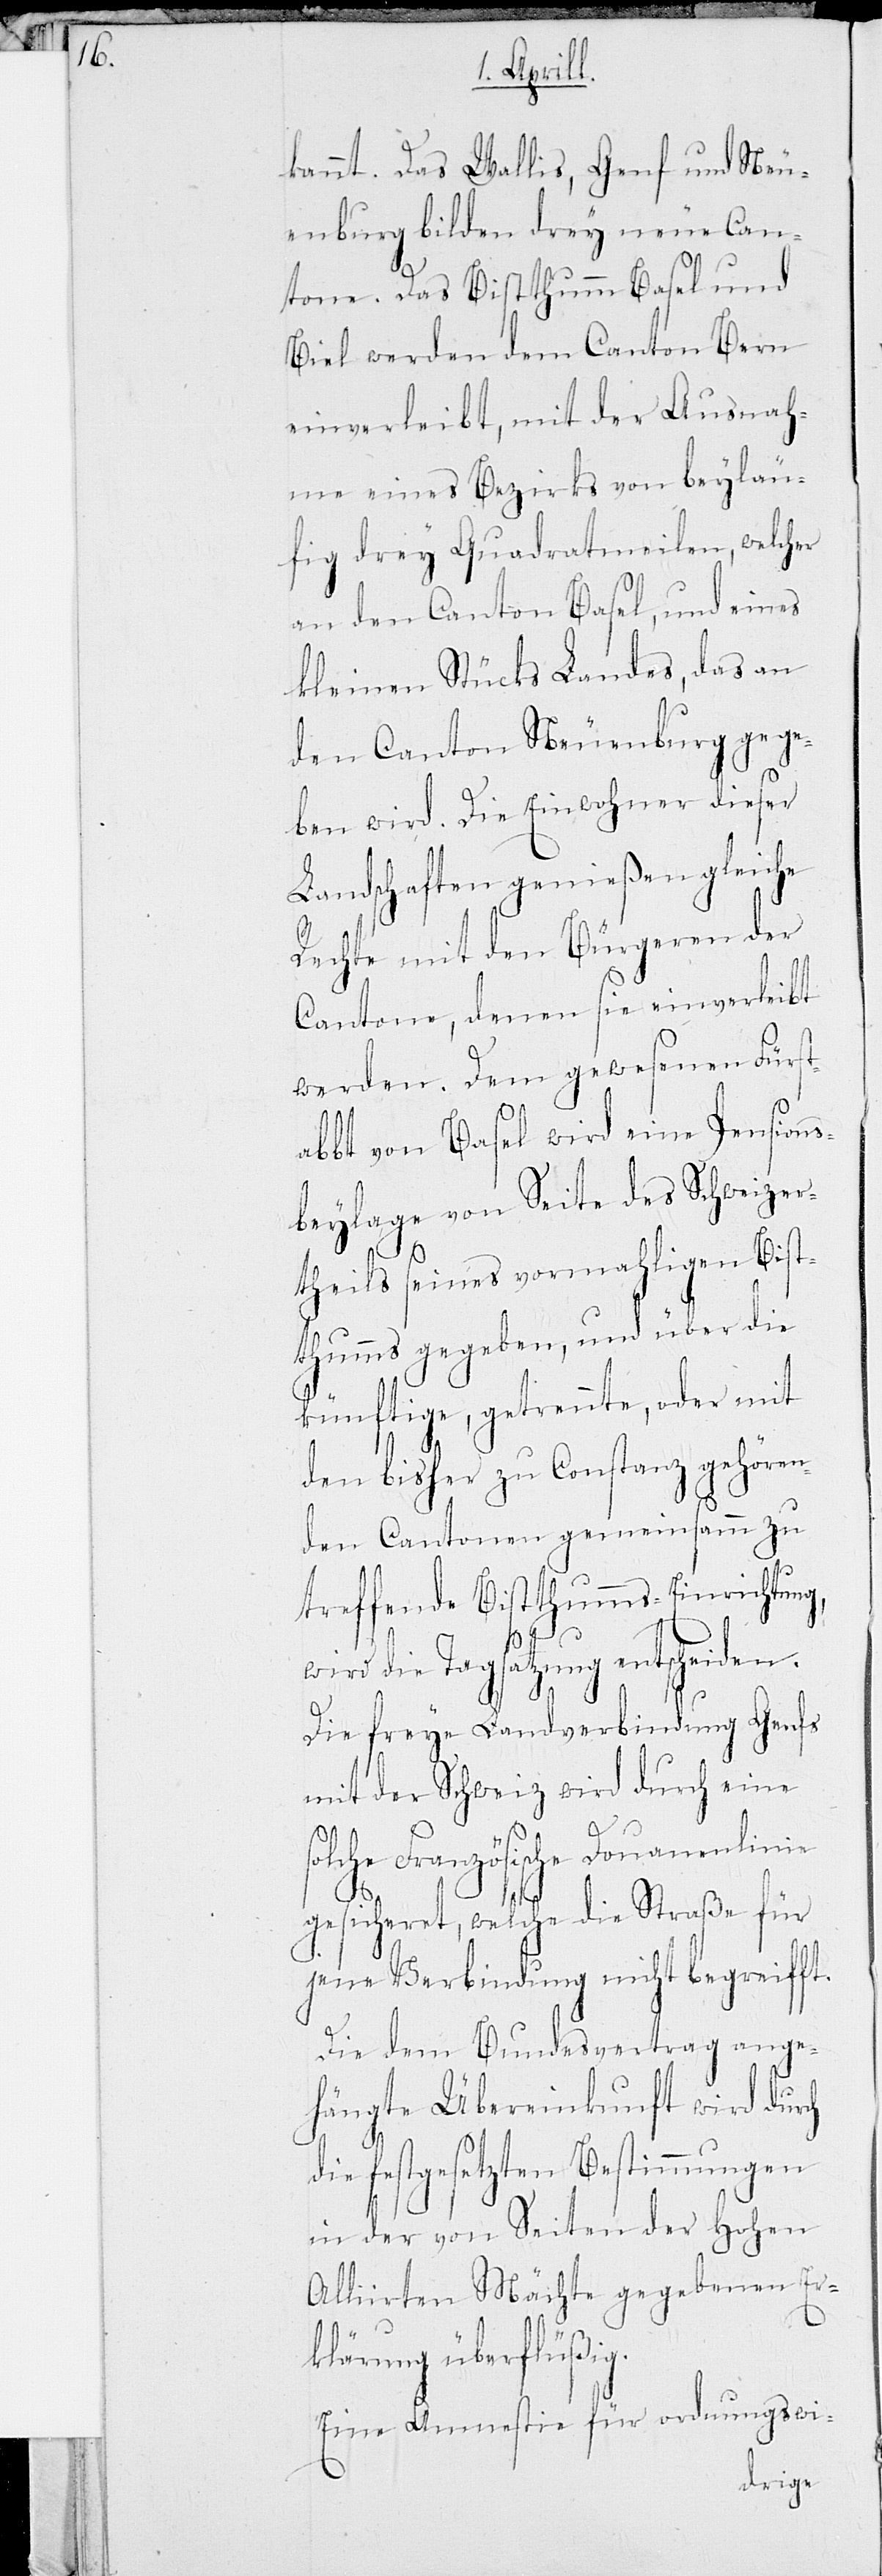
kannt. Das Wallis, Genf und Neu¬
enburg bilden drey neue Can¬
tone. Das Bistthumm Basel und
Biel werden dem Canton Bern
einverleibt, mit Ausnah¬
me eines Bezirks von beyläu¬
fig drey Quadratmeilen, welcher
an den Canton Basel, und eines
kleinen Stücks Landes, das an
den Canton Neuenburg gege¬
ben wird. Die Einwohner dieser
Landschaften genießen gleiche
Rechte mit den Bürgeren der
Cantone, denen sie einverleibt
werden. Dem gewesenen Fürs¬
tabbt von Basel wird eine Pensions¬
beylage von Seite des Schweizer¬
theils seines vormahligen Bist¬
thums gegeben, und über die
künftige, getrennte, oder mit
den bisher zu Constanz gehören¬
den Cantonen gemeinsamm zu
treffende Bisthumms-Einrichtung,
wird die Tagsatzung entscheiden.
Die freye Landverbindung Genfs
mit der Schweiz wird durch eine
so¬
lche Französische Douanenlinie
gesicheret, welche die Straße für
jene Verbindung nicht begreifft.
Die dem Bundesvertrag ange¬
hängte Übereinkunft wird durch
die festgesetzten Bestimmungen
in der von Seiten der Hohen
Alliierten Mächte gegebenen Er¬
klärung überflüßig.
Eine Amnestie für ordnungswi-